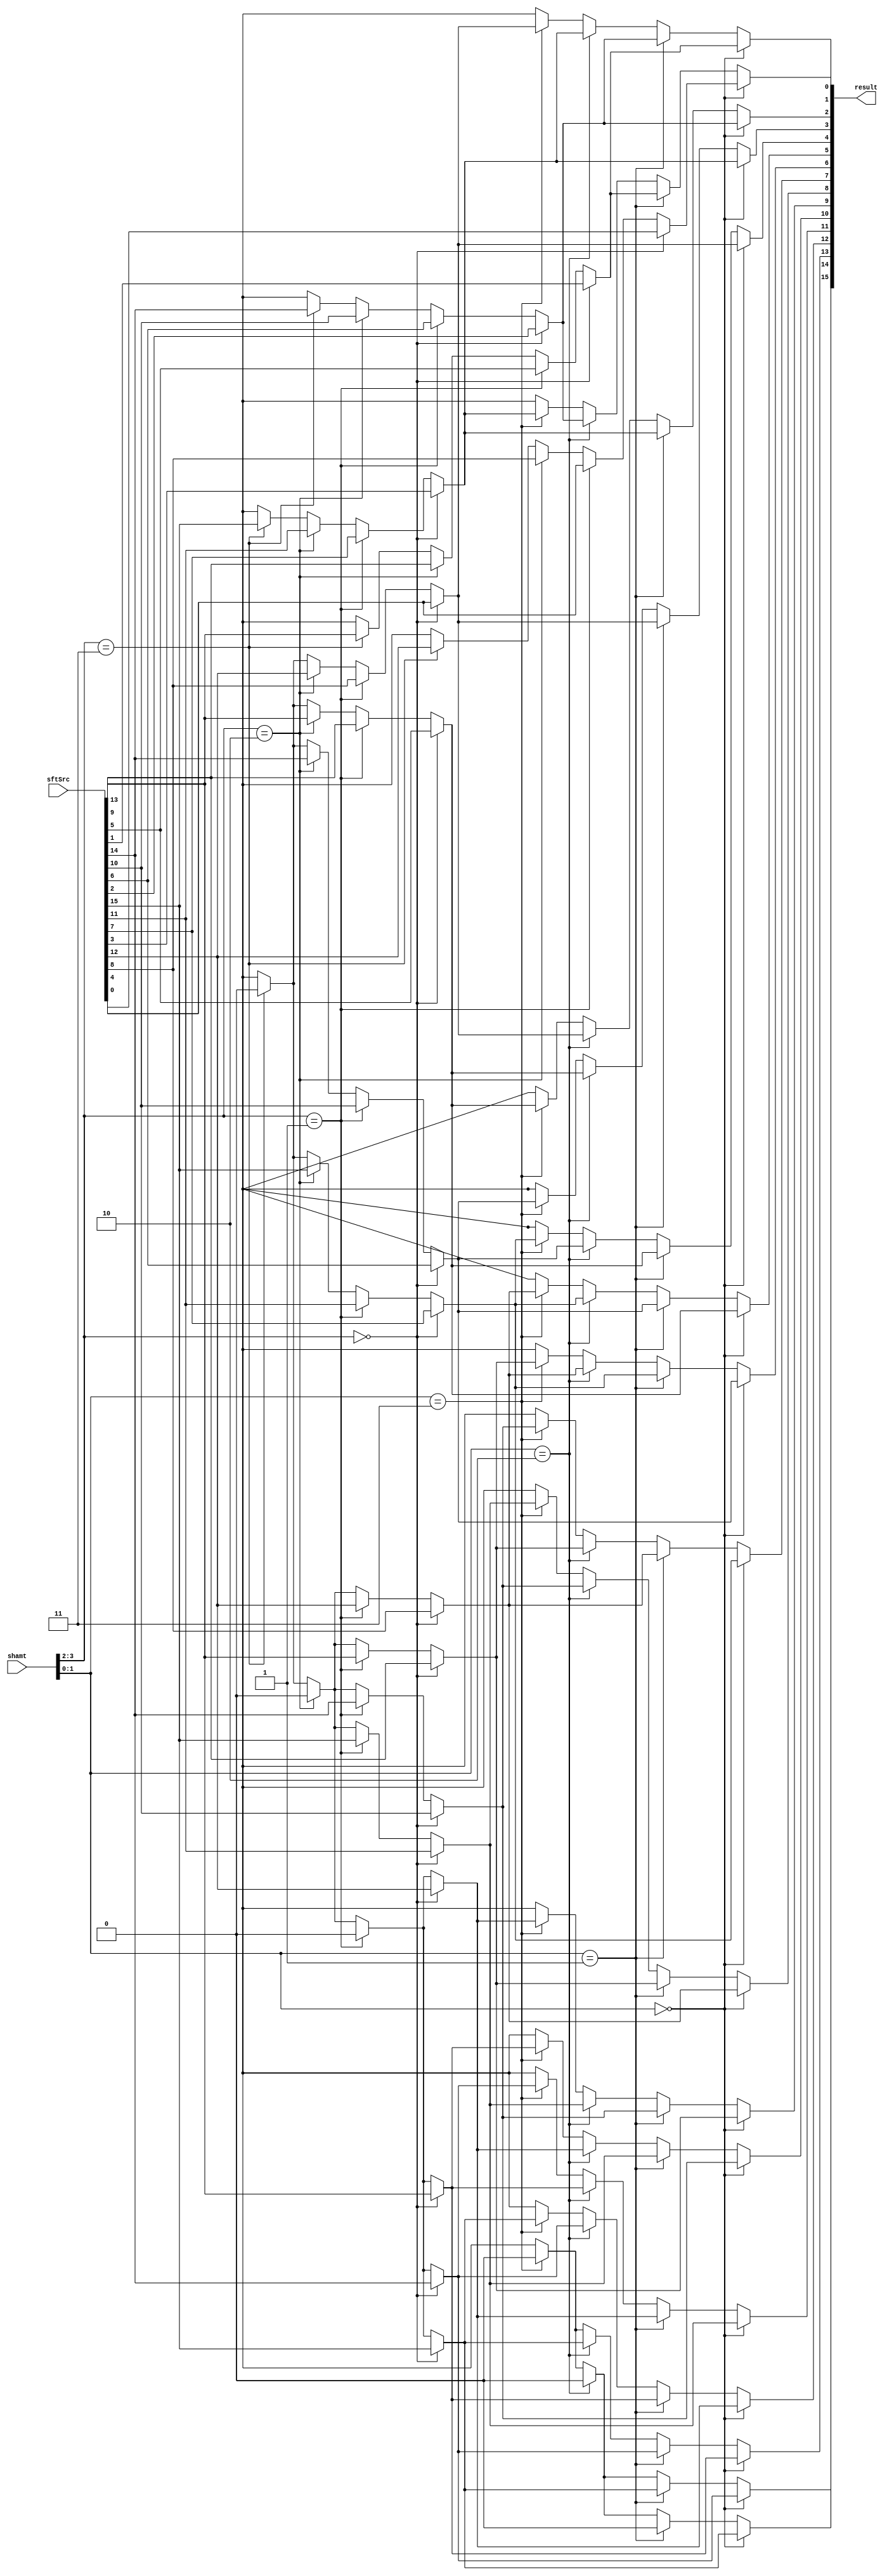
module shifter_right( result, shamt, sftSrc );
    
  output wire[15:0] result;

  input wire[3:0] shamt;
  input wire[15:0] sftSrc;
  
//////////////////////////////////////////////////////////////////////////////////////////////////////////////////////////////////  LEVEL 1 :     16     4 - to - 1 Muxs  //////////////////////////////////////////////////////////////////////////////////////////////////////////////////////////////////////////////////////////////////////////////////////////
  assign mux1_1 = ( shamt[3:2] == 2'b00 ) ? sftSrc[0] : ( shamt[3:2] == 2'b01 ) ? sftSrc[4] : ( shamt[3:2] == 2'b10 ) ? sftSrc[8] : ( shamt[3:2] == 2'b11 ) ? sftSrc[12] : 2'bxx;  
  assign mux1_2 = ( shamt[3:2] == 2'b00 ) ? sftSrc[1] : ( shamt[3:2] == 2'b01 ) ? sftSrc[5] : ( shamt[3:2] == 2'b10 ) ? sftSrc[9] : ( shamt[3:2] == 2'b11 ) ? sftSrc[13] : 2'bxx;  
  assign mux1_3 = ( shamt[3:2] == 2'b00 ) ? sftSrc[2] : ( shamt[3:2] == 2'b01 ) ? sftSrc[6] : ( shamt[3:2] == 2'b10 ) ? sftSrc[10] : ( shamt[3:2] == 2'b11 ) ? sftSrc[14] : 2'bxx; 
  assign mux1_4 = ( shamt[3:2] == 2'b00 ) ? sftSrc[3] : ( shamt[3:2] == 2'b01 ) ? sftSrc[7] : ( shamt[3:2] == 2'b10 ) ? sftSrc[11] : ( shamt[3:2] == 2'b11 ) ? sftSrc[15] : 2'bxx; 
  assign mux1_5 = ( shamt[3:2] == 2'b00 ) ? sftSrc[4] : ( shamt[3:2] == 2'b01 ) ? sftSrc[8] : ( shamt[3:2] == 2'b10 ) ? sftSrc[12] : ( shamt[3:2] == 2'b11 ) ? 1'b0 : 2'bxx;
  assign mux1_6 = ( shamt[3:2] == 2'b00 ) ? sftSrc[5] : ( shamt[3:2] == 2'b01 ) ? sftSrc[9] : ( shamt[3:2] == 2'b10 ) ? sftSrc[13] : ( shamt[3:2] == 2'b11 ) ? 1'b0 : 2'bxx;            // if S3S2 == 11, sftSrc shift right 12 bits    
  assign mux1_7 = ( shamt[3:2] == 2'b00 ) ? sftSrc[6] : ( shamt[3:2] == 2'b01 ) ? sftSrc[10] : ( shamt[3:2] == 2'b10 ) ? sftSrc[14] : ( shamt[3:2] == 2'b11 ) ?1'b0 : 2'bxx;            //             == 10, sftSrc shift right 8 bits 
  assign mux1_8 = ( shamt[3:2] == 2'b00 ) ? sftSrc[7] : ( shamt[3:2] == 2'b01 ) ? sftSrc[11] : ( shamt[3:2] == 2'b10 ) ? sftSrc[15] : ( shamt[3:2] == 2'b11 ) ? 1'b0 : 2'bxx;           //             == 01, sftSrc shift right 4 bits 
  assign mux1_9 = ( shamt[3:2] == 2'b00 ) ? sftSrc[8] : ( shamt[3:2] == 2'b01 ) ? sftSrc[12] : ( shamt[3:2] == 2'b10 ) ? 1'b0 : ( shamt[3:2] == 2'b11 ) ? 1'b0 : 2'bxx;                 //             == 00, sftSrc shift right 0 bits 
  assign mux1_10 = ( shamt[3:2] == 2'b00 ) ? sftSrc[9] : ( shamt[3:2] == 2'b01 ) ? sftSrc[13] : ( shamt[3:2] == 2'b10 ) ? 1'b0 : ( shamt[3:2] == 2'b11 ) ? 1'b0: 2'bxx; 
  assign mux1_11 = ( shamt[3:2] == 2'b00 ) ? sftSrc[10] : ( shamt[3:2] == 2'b01 ) ? sftSrc[14] : ( shamt[3:2] == 2'b10 ) ? 1'b0 : ( shamt[3:2] == 2'b11 ) ? 1'b0 : 2'bxx;
  assign mux1_12 = ( shamt[3:2] == 2'b00 ) ? sftSrc[11] : ( shamt[3:2] == 2'b01 ) ? sftSrc[15] : ( shamt[3:2] == 2'b10 ) ? 1'b0 : ( shamt[3:2] == 2'b11 ) ? 1'b0 : 2'bxx;
  assign mux1_13 = ( shamt[3:2] == 2'b00 ) ? sftSrc[12] : ( shamt[3:2] == 2'b01 ) ? 1'b0 : ( shamt[3:2] == 2'b10 ) ? 1'b0 : ( shamt[3:2] == 2'b11 ) ? 1'b0: 2'bxx;
  assign mux1_14 = ( shamt[3:2] == 2'b00 ) ? sftSrc[13] : ( shamt[3:2] == 2'b01 ) ? 1'b0 : ( shamt[3:2] == 2'b10 ) ? 1'b0 : ( shamt[3:2] == 2'b11 ) ? 1'b0 : 2'bxx;
  assign mux1_15 = ( shamt[3:2] == 2'b00 ) ? sftSrc[14] : ( shamt[3:2] == 2'b01 ) ? 1'b0 : ( shamt[3:2] == 2'b10 ) ?  1'b0 : ( shamt[3:2] == 2'b11 ) ? 1'b0 : 2'bxx;
  assign mux1_16 = ( shamt[3:2] == 2'b00 ) ? sftSrc[15] : ( shamt[3:2] == 2'b01 ) ? 1'b0 : ( shamt[3:2] == 2'b10 ) ? 1'b0 : ( shamt[3:2] == 2'b11 ) ? 1'b0 : 2'bxx;
  /////////////////////////////////////////////////////////////////////////////////////////////////////////////////////////////////////////////////////////////////////////////////////////////////////////////////////////////////////////////////////////////////////////////////////////////////////////////////////////////////////////////////////////////////////////////
  
  //////////////////////////////////////////////////////////////////////////////////////////////////////////////////////////////////  LEVEL 2 :     16     4 - to - 1 Muxs  //////////////////////////////////////////////////////////////////////////////////////////////////////////////////////////////////////////////////////////////////////////////////////////
  assign result[0]= ( shamt[1:0] == 2'b00 ) ? mux1_1 : ( shamt[1:0]== 2'b01 ) ? mux1_2 : ( shamt[1:0]== 2'b10 ) ? mux1_3 : ( shamt[1:0] == 2'b11 ) ? mux1_4 : 2'bxx; 
  assign result[1]= ( shamt[1:0] == 2'b00 ) ? mux1_2 : ( shamt[1:0]== 2'b01 ) ? mux1_3 : ( shamt[1:0]== 2'b10 ) ? mux1_4 : ( shamt[1:0] == 2'b11 ) ? mux1_5 : 2'bxx;
  assign result[2]= ( shamt[1:0] == 2'b00 ) ? mux1_3 : ( shamt[1:0]== 2'b01 ) ? mux1_4 : ( shamt[1:0]== 2'b10 ) ? mux1_5  : ( shamt[1:0] == 2'b11 ) ? mux1_6 : 2'bxx;
  assign result[3]= ( shamt[1:0] == 2'b00 ) ? mux1_4 : ( shamt[1:0]== 2'b01 ) ? mux1_5 : ( shamt[1:0]== 2'b10 ) ? mux1_6  : ( shamt[1:0] == 2'b11 ) ? mux1_7 : 2'bxx;
  assign result[4]= ( shamt[1:0] == 2'b00 ) ? mux1_5 : ( shamt[1:0]== 2'b01 ) ? mux1_6 : ( shamt[1:0]== 2'b10 ) ? mux1_7  : ( shamt[1:0] == 2'b11 ) ? mux1_8 : 2'bxx;
  assign result[5]= ( shamt[1:0] == 2'b00 ) ? mux1_6 : ( shamt[1:0]== 2'b01 ) ? mux1_7 : ( shamt[1:0]== 2'b10 ) ? mux1_8  : ( shamt[1:0] == 2'b11 ) ? mux1_9 : 2'bxx;                 // if S1S0 == 11, sftSrc shift right 3 bits     
  assign result[6]= ( shamt[1:0] == 2'b00 ) ? mux1_7 : ( shamt[1:0]== 2'b01 ) ? mux1_8 : (shamt[1:0] == 2'b10 ) ? mux1_9  : ( shamt[1:0] == 2'b11 ) ? mux1_10 : 2'bxx;                //             == 10, sftSrc shift right 2 bits  
  assign result[7]= ( shamt[1:0] == 2'b00 ) ? mux1_8 : ( shamt[1:0]== 2'b01 ) ? mux1_9 : (shamt[1:0] == 2'b10 ) ? mux1_10 : ( shamt[1:0] == 2'b11 ) ? mux1_11 : 2'bxx;                //             == 01, sftSrc shift right 1 bits  
  assign result[8]= ( shamt[1:0] == 2'b00 ) ? mux1_9 : ( shamt[1:0]== 2'b01 ) ? mux1_10 : (shamt[1:0] == 2'b10 ) ? mux1_11 : ( shamt[1:0] == 2'b11 ) ? mux1_12 : 2'bxx;               //             == 00, sftSrc shift right 0 bits  
  assign result[9] = ( shamt[1:0] == 2'b00 ) ? mux1_10 : (shamt[1:0] == 2'b01 ) ? mux1_11 : ( shamt[1:0] == 2'b10 ) ? mux1_12 : ( shamt[1:0] == 2'b11 ) ? mux1_13: 2'bxx; 
  assign result[10] = ( shamt[1:0] == 2'b00 ) ? mux1_11 : ( shamt[1:0] == 2'b01 ) ? mux1_12 : ( shamt[1:0] == 2'b10 ) ? mux1_13 : ( shamt[1:0] == 2'b11 ) ? mux1_14 : 2'bxx;
  assign result[11] = ( shamt[1:0] == 2'b00 ) ? mux1_12 : ( shamt[1:0] == 2'b01 ) ? mux1_13 : ( shamt[1:0] == 2'b10 ) ? mux1_14 : ( shamt[1:0] == 2'b11 ) ? mux1_15 : 2'bxx;
  assign result[12] = ( shamt[1:0] == 2'b00 ) ? mux1_13 : ( shamt[1:0] == 2'b01 ) ? mux1_14 : ( shamt[1:0] == 2'b10 ) ? mux1_15 : ( shamt[1:0] == 2'b11 ) ? mux1_16: 2'bxx;
  assign result[13] = ( shamt[1:0] == 2'b00 ) ? mux1_14 : ( shamt[1:0] == 2'b01 ) ? mux1_15 : ( shamt[1:0] == 2'b10 ) ? mux1_16 : ( shamt[1:0] == 2'b11 ) ? 1'b0 : 2'bxx;
  assign result[14] = ( shamt[1:0] == 2'b00 ) ? mux1_15 : ( shamt[1:0] == 2'b01 ) ? mux1_16 : ( shamt[1:0] == 2'b10 ) ?  1'b0 : ( shamt[1:0] == 2'b11 ) ? 1'b0 : 2'bxx;
  assign result[15] = ( shamt[1:0] == 2'b00 ) ? mux1_16 : ( shamt[1:0] == 2'b01 ) ? 1'b0 : ( shamt[1:0] == 2'b10 ) ? 1'b0 : ( shamt[1:0] == 2'b11 ) ? 1'b0 : 2'bxx;
 /////////////////////////////////////////////////////////////////////////////////////////////////////////////////////////////////////////////////////////////////////////////////////////////////////////////////////////////////////////////////////////////////////////////////////////////////////////////////////////////////////////////////////////////////////////////
  
  endmodule